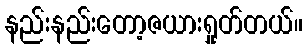
နည်းနည်းတော့ဇယားရှုတ်တယ်။